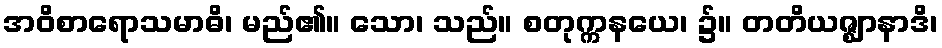
အဝိစာရောသမာဓိ၊ မည်၏။ သော၊ သည်။ စတုက္ကနယေ၊ ၌။ တတိယဇ္ဈာနာဒိ၊